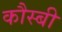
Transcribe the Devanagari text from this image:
कौस्बी